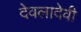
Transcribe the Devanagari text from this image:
देवलादेवी